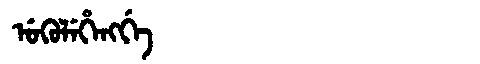
Manchu: ᡠᡴᡠᠯᡝᡥᡝᠩᡤᡝ
Romanization: UKULEHENGGE